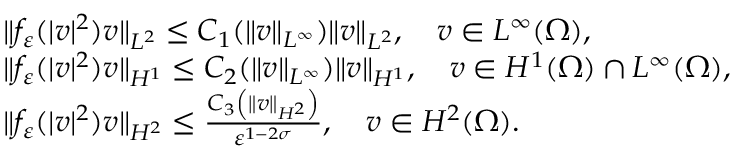
\begin{array} { r l } & { \| f _ { \varepsilon } ( | v | ^ { 2 } ) v \| _ { L ^ { 2 } } \leq C _ { 1 } ( \| v \| _ { L ^ { \infty } } ) \| v \| _ { L ^ { 2 } } , \quad v \in L ^ { \infty } ( \Omega ) , } \\ & { \| f _ { \varepsilon } ( | v | ^ { 2 } ) v \| _ { H ^ { 1 } } \leq C _ { 2 } ( \| v \| _ { L ^ { \infty } } ) \| v \| _ { H ^ { 1 } } , \quad v \in H ^ { 1 } ( \Omega ) \cap L ^ { \infty } ( \Omega ) , } \\ & { \| f _ { \varepsilon } ( | v | ^ { 2 } ) v \| _ { H ^ { 2 } } \leq \frac { C _ { 3 } \left( \| v \| _ { H ^ { 2 } } \right) } { \varepsilon ^ { 1 - 2 \sigma } } , \quad v \in H ^ { 2 } ( \Omega ) . } \end{array}